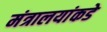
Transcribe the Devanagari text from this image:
मंत्रालयांकडे